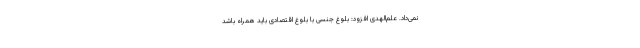
نمی‌داد. علم‌الهدی افزود: بلوغ جنسی با بلوغ اقتصادی باید همراه باشد